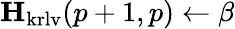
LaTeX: \mathbf{H}_{\mathrm{krlv}}(p+1,p)\leftarrow\beta